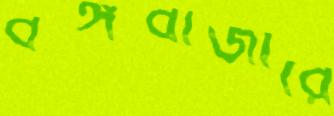
বঙ্গবাজারে